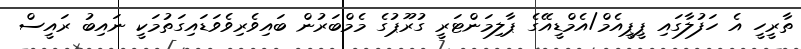
ތާރީހީ އެ ހަފުލާގައި ޕީޕީއެމް/އެމްޑީއޭގެ ޕާލިމަންޓަރީ ގުރޫޕުގެ މެމްބަރުން ބައިވެރިވެވަޑައިގަތުމަކީ ނައިބު ރައީސް